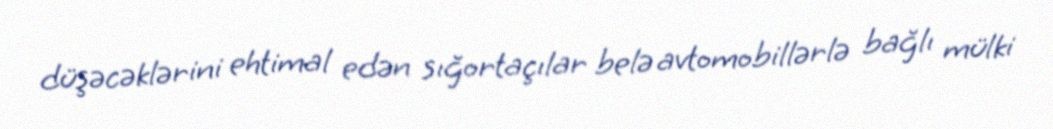
düşəcəklərini ehtimal edən sığortaçılar belə avtomobillərlə bağlı mülki